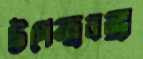
উপেন্দ্রবজ্রা